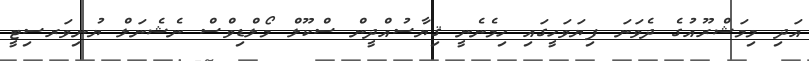
އަދި މިމަޝްރޫއުގެ ދެވަނަ ފިޔަވަހީގައި ހިމެނެނީ ޤިޔާސުއްދީން ސްކޫލް މޯލްޑިވްސް ނެޝެނަލް ޔުނިވަރސިޓީ